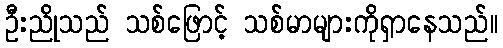
ဦးညိုသည် သစ်ဖြောင့် သစ်မာများကိုရှာနေသည်။